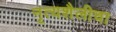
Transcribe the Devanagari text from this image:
नृत्यशैलीचा